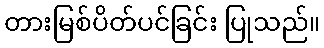
တားမြစ်ပိတ်ပင်ခြင်း ပြုသည်။